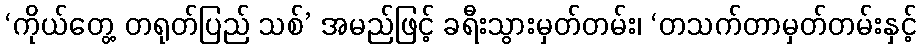
‘ကိုယ်တွေ့ တရုတ်ပြည် သစ်’ အမည်ဖြင့် ခရီးသွားမှတ်တမ်း၊ ‘တသက်တာမှတ်တမ်းနှင့်